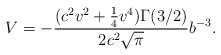
\begin{align*}V=-\frac{(c^2v^2+\frac{1}{4}v^4)\Gamma(3/2)}{2c^2\sqrt{\pi}}b^{-3}.\end{align*}